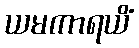
ယမကာရယိံ